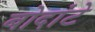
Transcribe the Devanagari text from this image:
बोदांटे